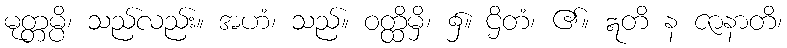
မုတ္တမ္ပိ၊ သည်လည်း။ အဟံ၊ သည်။ ဝတ္ထိမှိ၊ ၌။ ဌိတံ၊ ၏။ ဣတိ န ဇာနာတိ၊